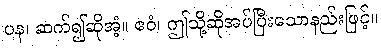
ပန၊ ဆက်၍ဆိုအံ့။ ဧဝံ၊ ဤသို့ဆိုအပ်ပြီးသောနည်းဖြင့်။